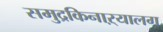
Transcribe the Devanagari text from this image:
समुद्रकिनाऱ्यालग